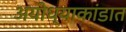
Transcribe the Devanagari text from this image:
अयोध्याकांडात